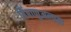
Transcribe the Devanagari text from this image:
बिंबाणुअल्पता